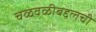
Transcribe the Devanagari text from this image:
चळवळीबद्दलची